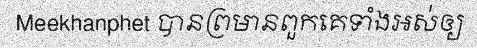
Meekhanphet បានព្រមានពួកគេទាំងអស់ឲ្យ